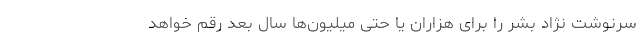
سرنوشت نژاد بشر را برای هزاران یا حتی میلیون‌ها سال بعد رقم خواهد